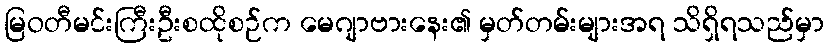
မြဝတီမင်းကြီးဦးစထိုစဉ်က မေဂျာဗားနေး၏ မှတ်တမ်းများအရ သိရှိရသည်မှာ